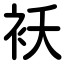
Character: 袄